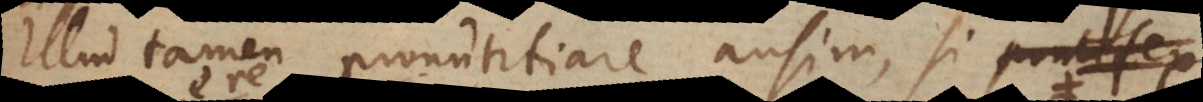
Illud tamen pronuntiare ausim, si pontifici